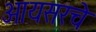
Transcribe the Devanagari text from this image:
आयसरचे